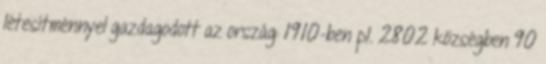
létesítménnyel gazdagodott az ország: 1910-ben pl. 2802 községben 90